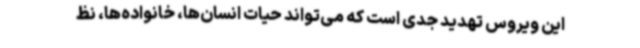
این ویروس تهدید جدی است که می‌تواند حیات انسان‌ها، خانواده‌ها، نظ